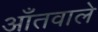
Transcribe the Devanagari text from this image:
आँतवाले